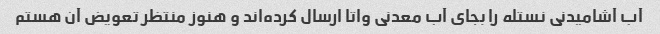
آب آشامیدنی نستله را بجای آب معدنی واتا ارسال کرده‌اند و هنوز منتظر تعویض آن هستم